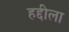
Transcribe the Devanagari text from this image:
हद्दीला